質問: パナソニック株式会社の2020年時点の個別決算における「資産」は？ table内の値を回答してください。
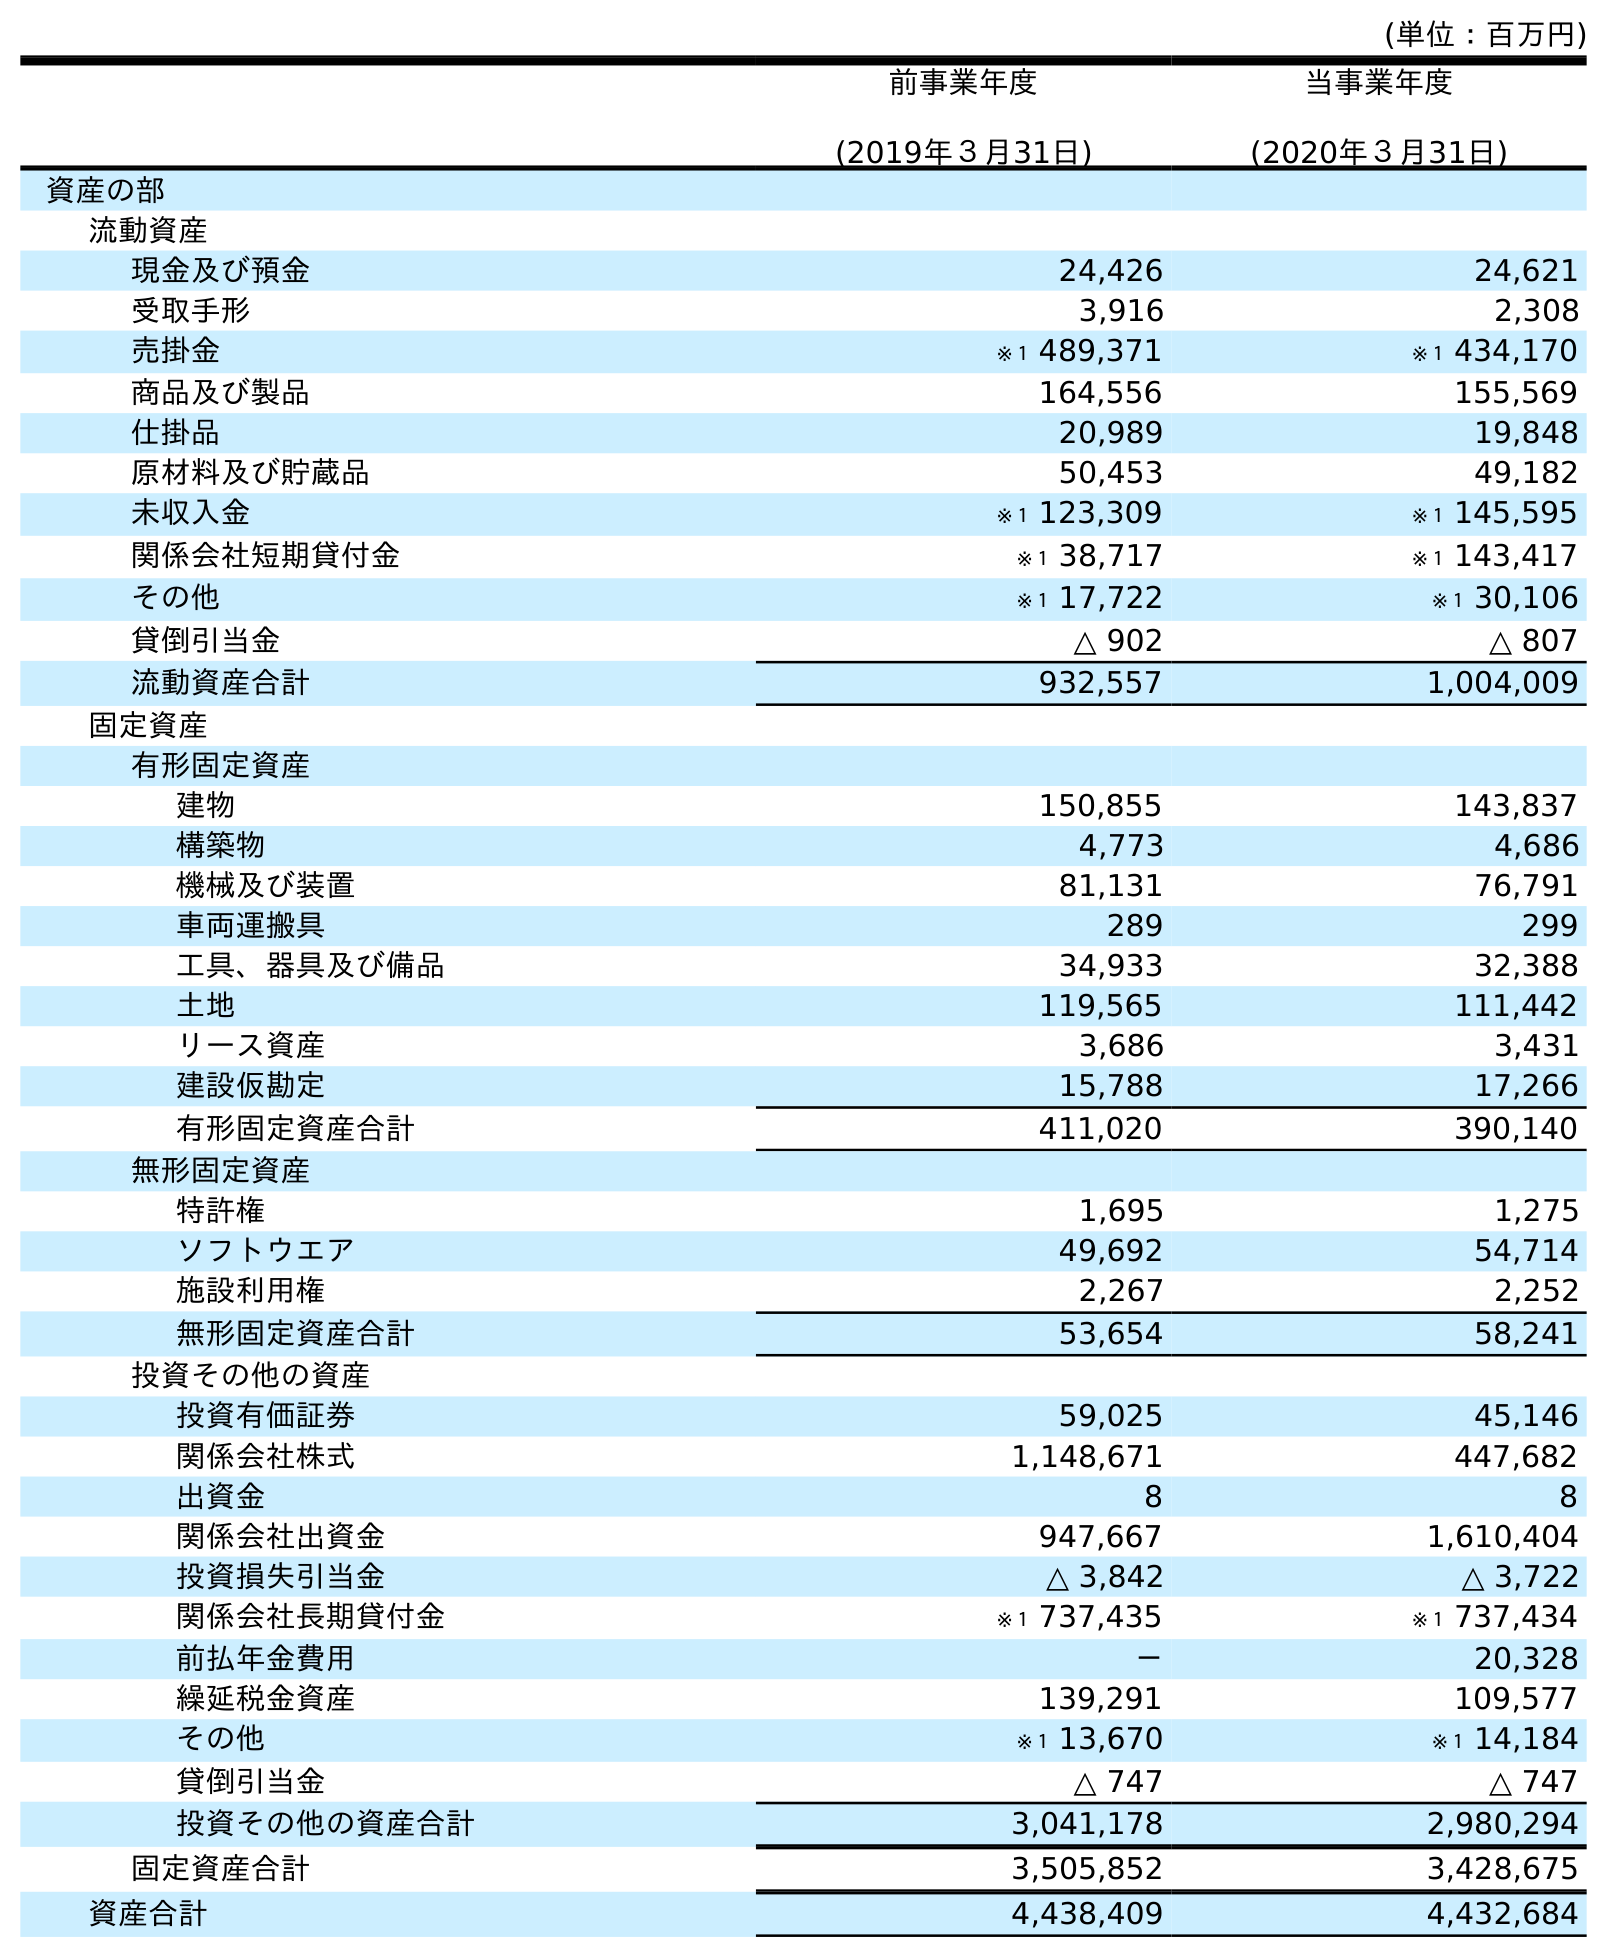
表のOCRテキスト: (単位：百万円) 前事業年度 (2019年３月31日) 当事業年度 (2020年３月31日) 資産の部 流動資産 現金及び預金 24,426 24,621 受取手形 3,916 2,308 売掛金 ※１ 489,371 ※１ 434,170 商品及び製品 164,556 155,569 仕掛品 20,989 19,848 原材料及び貯蔵品 50,453 49,182 未収入金 ※１ 123,309 ※１ 145,595 関係会社短期貸付金 ※１ 38,717 ※１ 143,417 その他 ※１ 17,722 ※１ 30,106 貸倒引当金 △ 902 △ 807 流動資産合計 932,557 1,004,009 固定資産 有形固定資産 建物 150,855 143,837 構築物 4,773 4,686 機械及び装置 81,131 76,791 車両運搬具 289 299 工具、器具及び備品 34,933 32,388 土地 119,565 111,442 リース資産 3,686 3,431 建設仮勘定 15,788 17,266 有形固定資産合計 411,020 390,140 無形固定資産 特許権 1,695 1,275 ソフトウエア 49,692 54,714 施設利用権 2,267 2,252 無形固定資産合計 53,654 58,241 投資その他の資産 投資有価証券 59,025 45,146 関係会社株式 1,148,671 447,682 出資金 8 8 関係会社出資金 947,667 1,610,404 投資損失引当金 △ 3,842 △ 3,722 関係会社長期貸付金 ※１ 737,435 ※１ 737,434 前払年金費用 － 20,328 繰延税金資産 139,291 109,577 その他 ※１ 13,670 ※１ 14,184 貸倒引当金 △ 747 △ 747 投資その他の資産合計 3,041,178 2,980,294 固定資産合計 3,505,852 3,428,675 資産合計 4,438,409 4,432,684
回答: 4,432,684